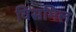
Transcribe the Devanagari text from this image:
विसमिल